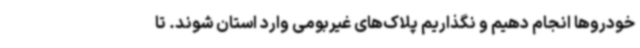
خودروها انجام دهیم و نگذاریم پلاک‌های غیربومی وارد استان شوند. تا